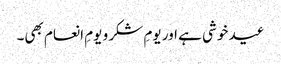
عید خوشی ہے اور یومِ شکر و یومِ انعام بھی۔